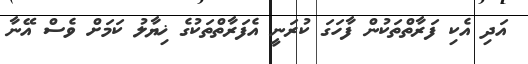
އަދި އެކި ފަރާތްތަކުން ފާހަގަ ކުރަނީ އެފަރާތްތަކުގެ ޚިޔާލު ކަމަށް ވެސް އޭނާ